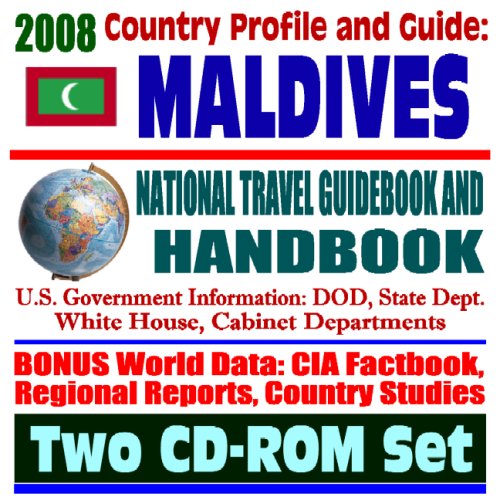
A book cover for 2008 Country Profile and Guide to the Maldives- National Travel Guidebook and Handbook - USAID, Tsunami, Operation Unified Assistance, Asia-Pacific Economic Update (Two CD-ROM Set); U.S. Government; Travel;